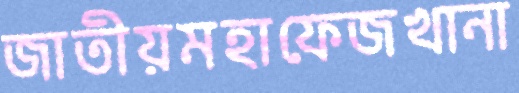
জাতীয়মহাফেজখানা